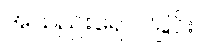
အသည်းရောင်ခြင်း